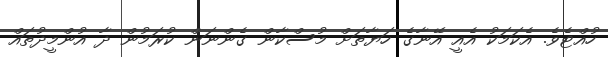
ހުއްޓެވެ. އެކަމަކު އެއީ އޭނާގެ ހަޔާތަށް މުސްކާން ގެންނަން ކުރަމުން ދާ އުންމީދުތައް